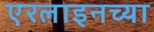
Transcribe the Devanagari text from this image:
एरलाइनच्या